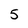
Character: 5